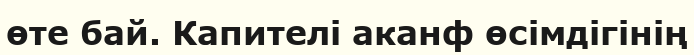
өте бай. Капителі аканф өсімдігінің